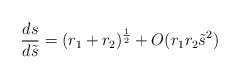
\begin{align*}\frac{ds}{d\tilde{s}} = (r_1+r_2)^{\frac 12}+O(r_1r_2\tilde{s}^2)\end{align*}